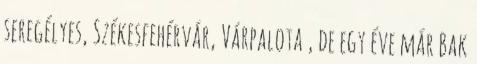
seregélyes, Székesfehérvár, Várpalota , de egy éve már Bak